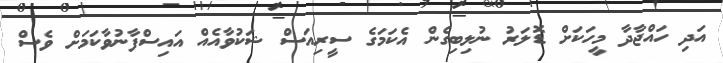
އަދި ހައްޖާދާ މީހަކަށް ޑޮލަރު ނުލިބިގެން އެކަމަގެ ސީރިއަސް ޝަކުވާއެއް އައިސްފާނުވާކަމަށް ވެސް